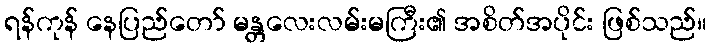
ရန်ကုန် နေပြည်တော် မန္တလေးလမ်းမကြီး၏ အစိတ်အပိုင်း ဖြစ်သည်။